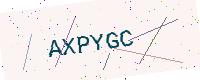
Text: AXPYGC